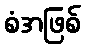
စံအဖြစ်